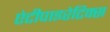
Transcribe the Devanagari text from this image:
एंटीपाइरेटिक्स